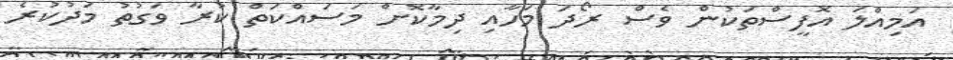
އަމިއްލަ އޮފީސްތަކުން ވެސް ރޯދަ މަހާއި ދިމާކޮށް މަަސައްކަތް ކުރާ ވަގުތު މަދުކުރެ